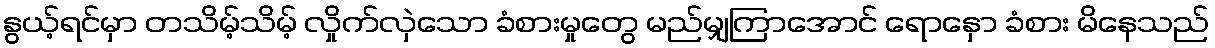
နွယ့်ရင်မှာ တသိမ့်သိမ့် လှိုက်လှဲသော ခံစားမှုတွေ မည်မျှကြာအောင် ရောနှော ခံစား မိနေသည်